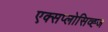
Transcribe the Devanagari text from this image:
एक्सप्लोसिव्ह्ज